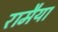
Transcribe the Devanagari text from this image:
रामैया